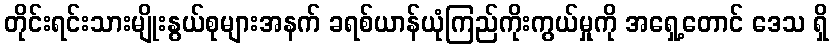
တိုင်းရင်းသားမျိုးနွယ်စုများအနက် ခရစ်ယာန်ယုံကြည်ကိုးကွယ်မှုကို အရှေ့တောင် ဒေသ ရှိ